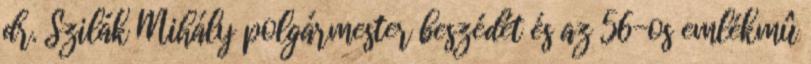
dr. Szilák Mihály polgármester beszédét és az 56-os emlékmû